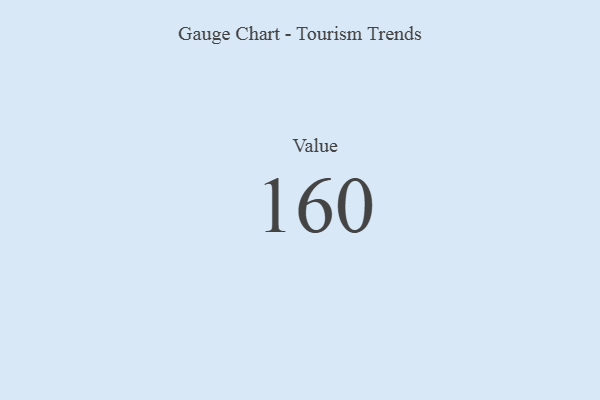
{"axis": {"x": "Metric", "y": "Value"}, "legend": [""], "data": [{"x": "Value", "y": 160, "type": ""}]}